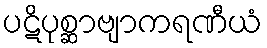
ပဋိပုစ္ဆာဗျာကရဏီယံ